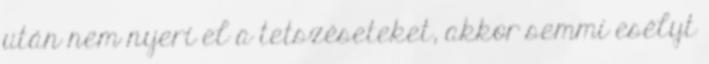
után nem nyeri el a tetszéseteket, akkor semmi esélyt